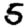
Digit: 5